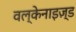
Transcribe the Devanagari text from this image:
वल्केनाइज़्ड